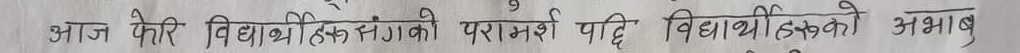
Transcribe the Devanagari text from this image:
आज फेरी विधायिकांसगको परामर्श पछि विद्यार्थीहरुको अभाव